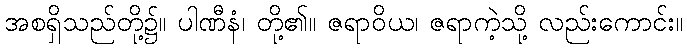
အစရှိသည်တို့၌။ ပါဏီနံ၊ တို့၏။ ဇရာဝိယ၊ ဇရာကဲ့သို့ လည်းကောင်း။